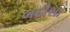
બદૌસા